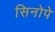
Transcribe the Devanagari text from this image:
सिनोपे